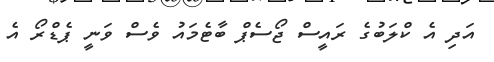
އަދި އެ ކްލަބުގެ ރައީސް ޖޯސެޕް ބާޓެމައު ވެސް ވަނީ ޕެޑްރޯ އެ